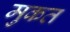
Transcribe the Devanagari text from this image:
मुकत